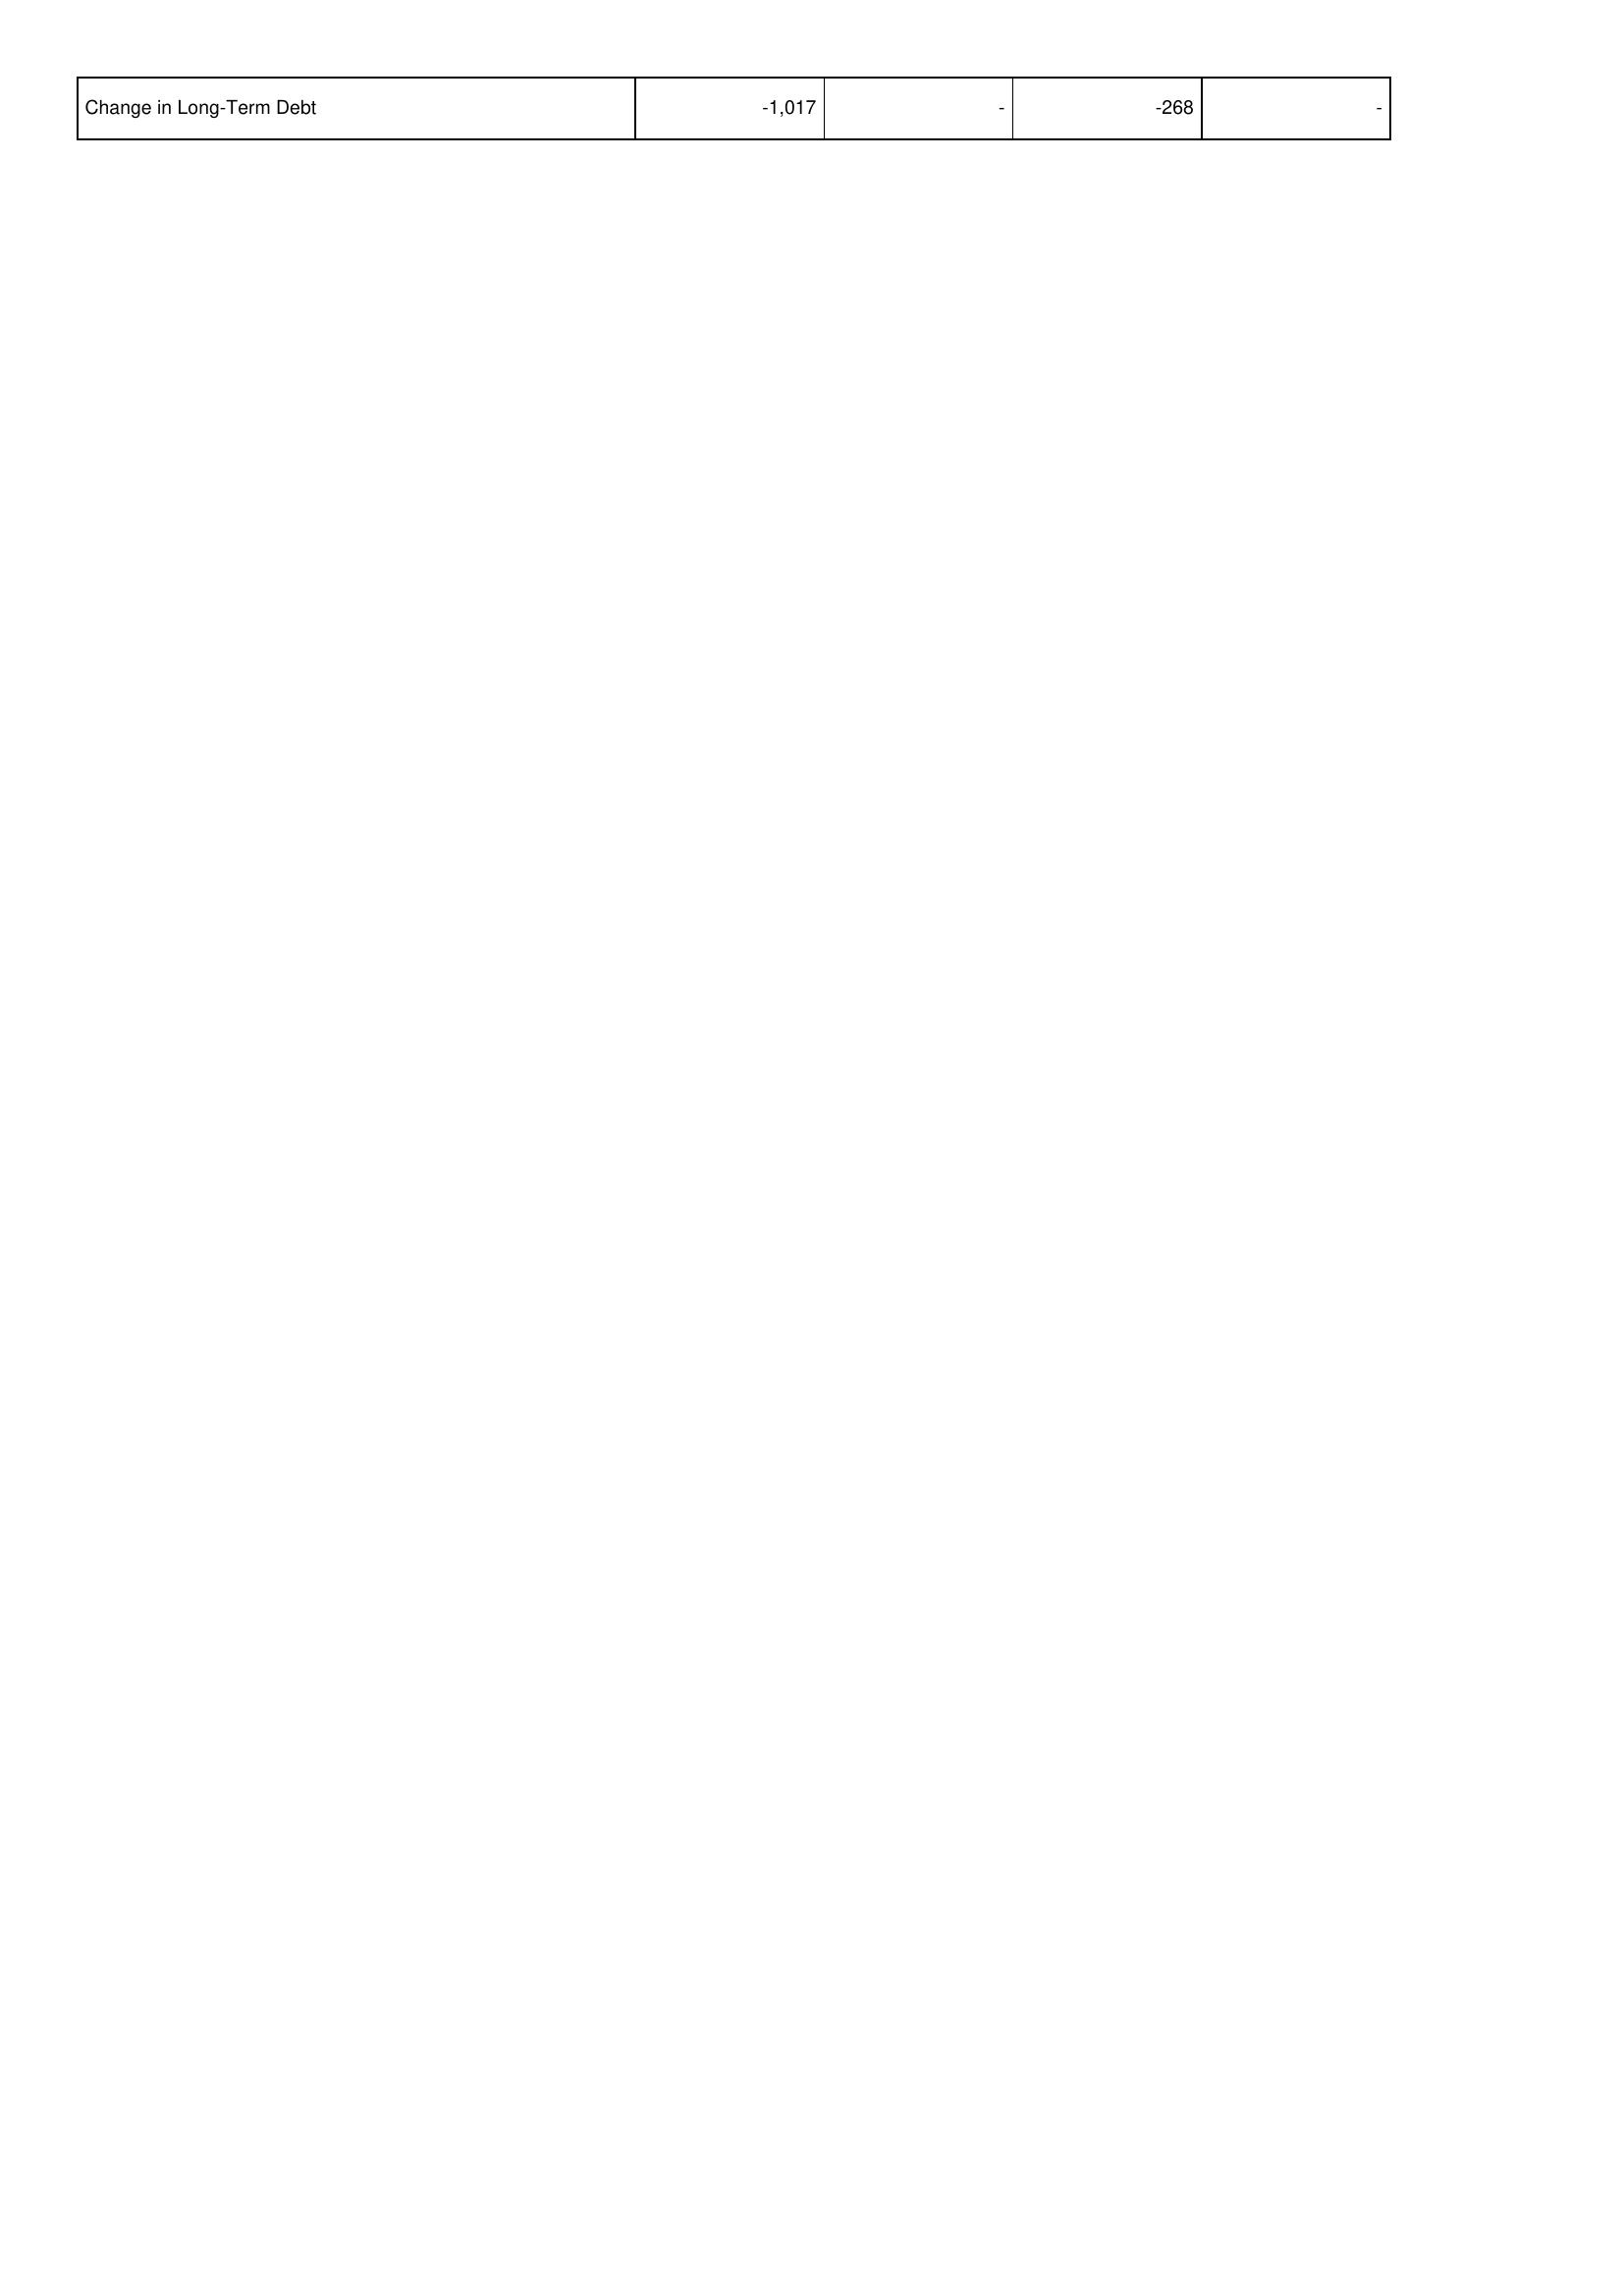
2017: Financing Activities: Change in Long-Term Debt: -1,017
2016: Financing Activities: Change in Long-Term Debt: -
2015: Financing Activities: Change in Long-Term Debt: -268
2014: Financing Activities: Change in Long-Term Debt: -